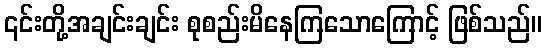
၎င်းတို့အချင်းချင်း စုစည်းမိနေကြသောကြောင့် ဖြစ်သည်။